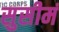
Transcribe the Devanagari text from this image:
सुसीमं